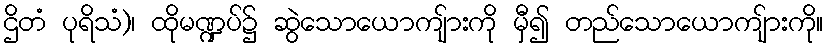
ဌိတံ ပုရိသံ)၊ ထိုမဏ္ဍပ်၌ ဆွဲသောယောကျ်ားကို မှီ၍ တည်သောယောကျ်ားကို။